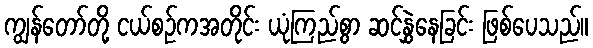
ကျွန်တော်တို့ ငယ်စဉ်ကအတိုင်း ယုံကြည်စွာ ဆင်နွှဲနေခြင်း ဖြစ်ပေသည်။